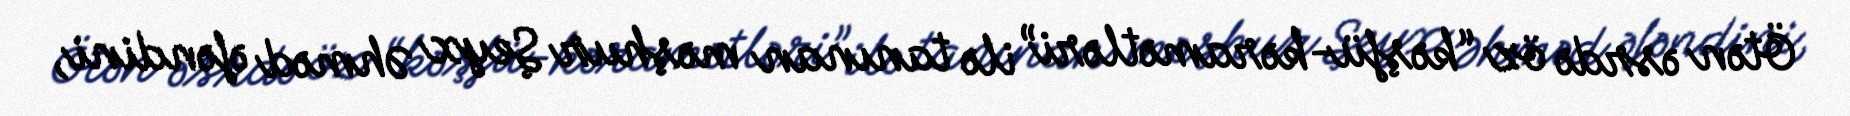
Ötən əsrdə öz “kəşfü-kəramətləri” ilə tanınan məşhur Şeyx Əhməd əfəndini,